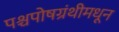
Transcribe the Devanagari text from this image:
पश्चपोषग्रंथीमधून